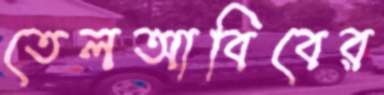
তেলআবিবের